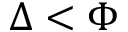
\Delta < \Phi